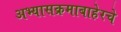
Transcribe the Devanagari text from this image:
अभ्यासक्रमाबाहेरचे